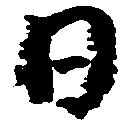
日